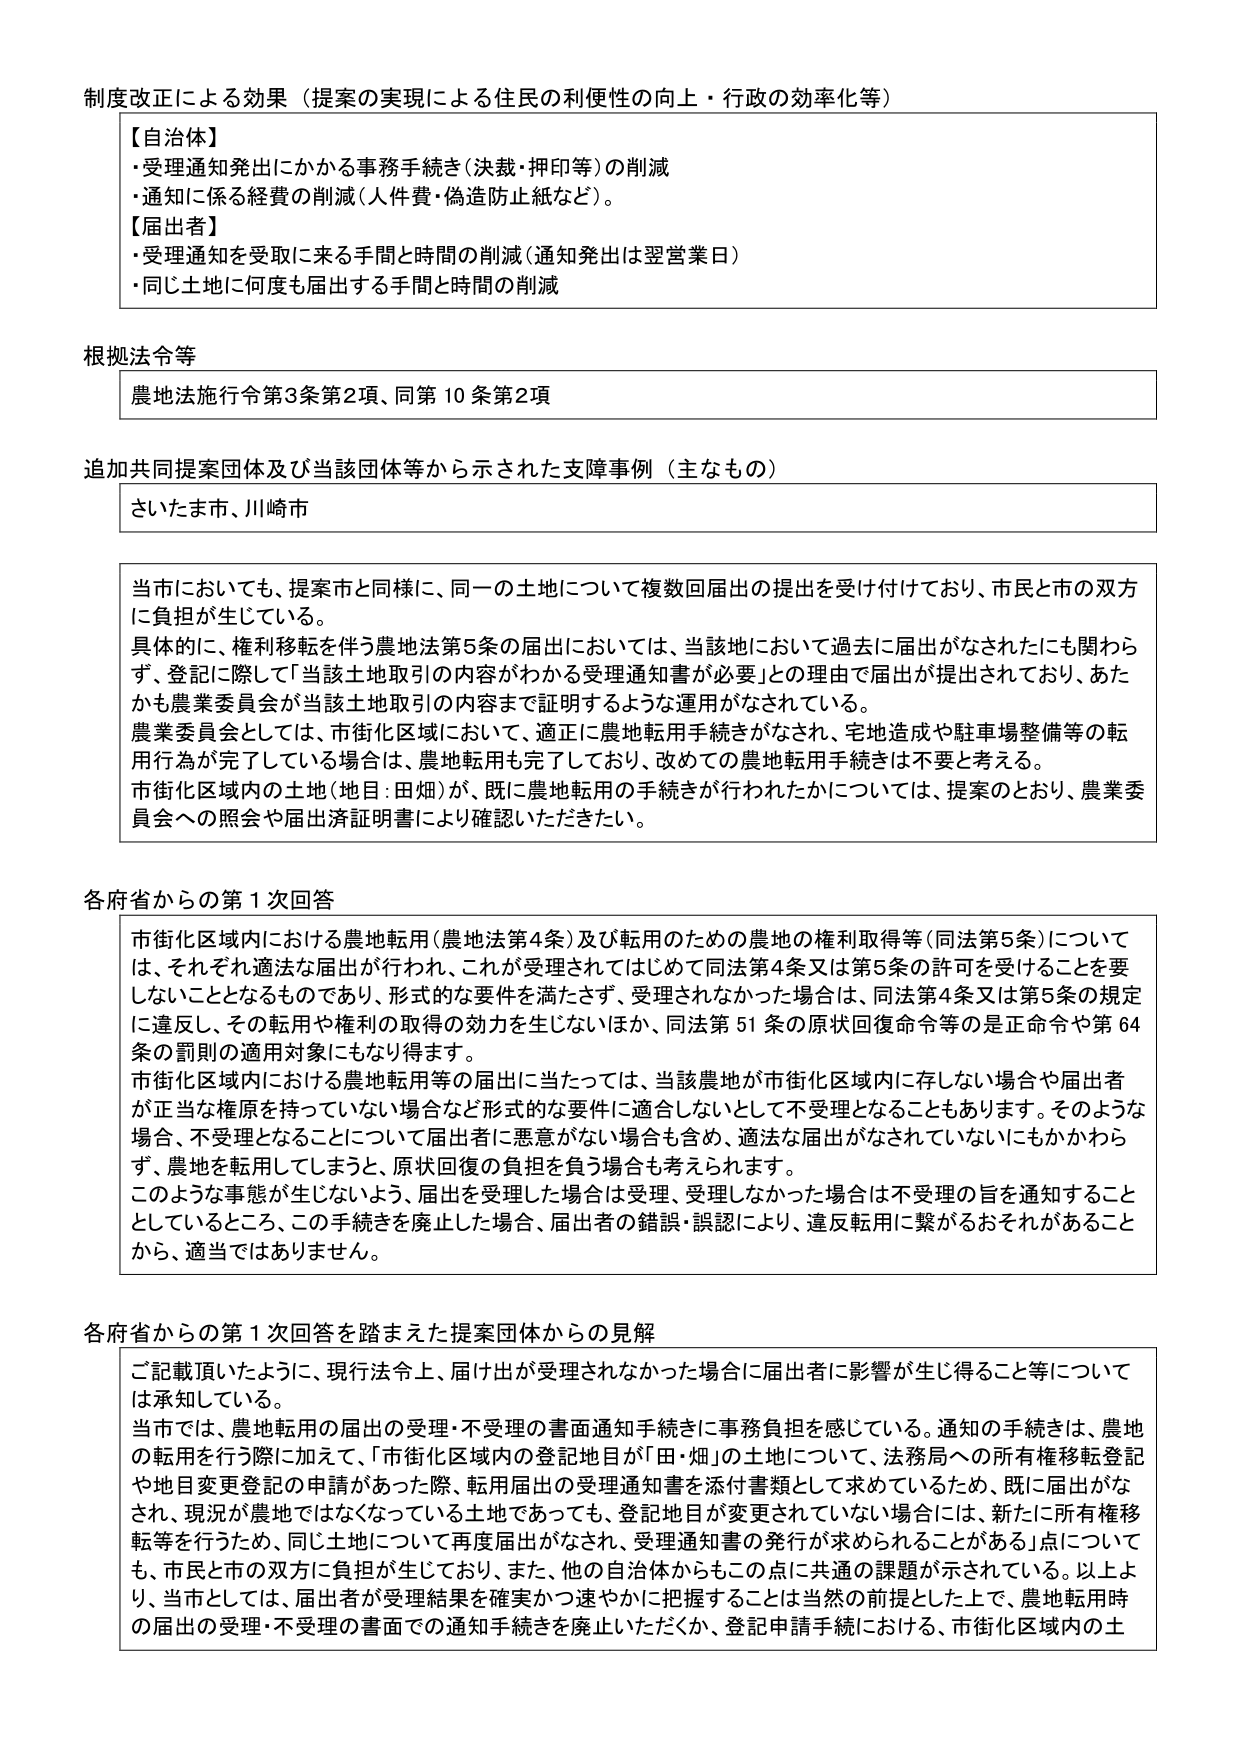
制度改正による効果（提案の実現による住民の利便性の向上・行政の効率化等）

【自治体】
・受理通知発出にかかる事務手続き（決裁・押印等）の削減
・通知に係る経費の削減（人件費・偽造防止紙など）。

【届出者】
・受理通知を受取に来る手間と時間の削減（通知発出は翌営業日）
・同じ土地に何度でも届出する手間と時間の削減

根拠法令等
農地法施行令第3条第2項、同第10条第2項

追加共同提案団体及び当該団体等から示された支援事例（主なもの）
さいたま市、川崎市

当市においても、提案市と同様に、同一の土地について複数回届出の提出を受け付けており、市民と市の双方に負担が生じている。
具体的に、権利移転を伴う農地法第5条の届出においては、当該地において過去に届出がなされたにも関わらず、登記に際して「当該土地取引の内容がわかる受理通知書が必要」との理由で届出が提出されており、あたかも農業委員会が当該土地取引の内容まで証明するような運用がなされている。
農業委員会としては、市街化区域において、適正に農地転用手続きがなされ、宅地造成や駐車場整備等の転用行為が完了している場合は、農地転用も完了しており、改めての農地転用手続きは不要と考える。
市街化区域内の土地（地目：田畑）が、既に農地転用の手続きが行われたかについては、提案のとおり、農業委員会への照会や届出済証明書により確認いただきたい。

各府省からの第1次回答
市街化区域内における農地転用（農地法第4条）及び転用のための農地の権利取得等（同法第5条）については、それぞれ適法な届出が行われ、これが受理されてはじめて同法第4条又は第5条の許可を受けることを要しないこととなるものであり、形式的な要件を満たさず、受理されなかった場合は、同法第4条又は第5条の規定に違反し、その転用や権利の取得の効力を生じないほか、同法第51条の原状回復命令等の是正命令や第64条の罰則の適用対象にもなり得ます。
市街化区域内における農地転用等の届出に当たっては、当該農地が市街化区域内に存しない場合や届出者が正当な権原を持っていない場合など形式的な要件に適合しないとして不受理となることもあります。そのような場合、不受理となることについて届出者に悪意がない場合も含め、適法な届出がなされていないにもかかわらず、農地を転用してしまうと、原状回復の負担を負う場合も考えられます。
このような事態が生じないよう、届出を受理した場合は受理、受理しなかった場合は不受理の旨を通知することとしているところ、この手続きを廃止した場合、届出者の錯誤・誤認により、違反転用に繋がるおそれがあることから、適当ではありません。

各府省からの第1次回答を踏まえた提案団体からの見解
ご記載頂いたように、現行法令上、届け出が受理されなかった場合に届出者に影響が生じ得ること等については承知している。
当市では、農地転用の届出の受理・不受理の書面通知手続きに事務負担を感じている。通知の手続きは、農地の転用を行う際に加えて、「市街化区域内の登記地目が「田・畑」の土地について、法務局への所有権移転登記や地目変更登記の申請があった際、転用届出の受理通知書を添付書類として求めているため、既に届出がなされ、現況が農地ではなくなっている土地であっても、登記地目が変更されていない場合には、新たに所有権移転等を行うため、同じ土地について再度届出がなされ、受理通知書の発行が求められることがある」点についても、市民と市の双方に負担が生じており、また、他の自治体からもこの点に共通の課題が示されている。以上より、当市としては、届出者が受理結果を確実かつ速やかに把握することは当然の前提とした上で、農地転用時の届出の受理・不受理の書面での通知手続きを廃止いただくか、登記申請手続における、市街化区域内の土